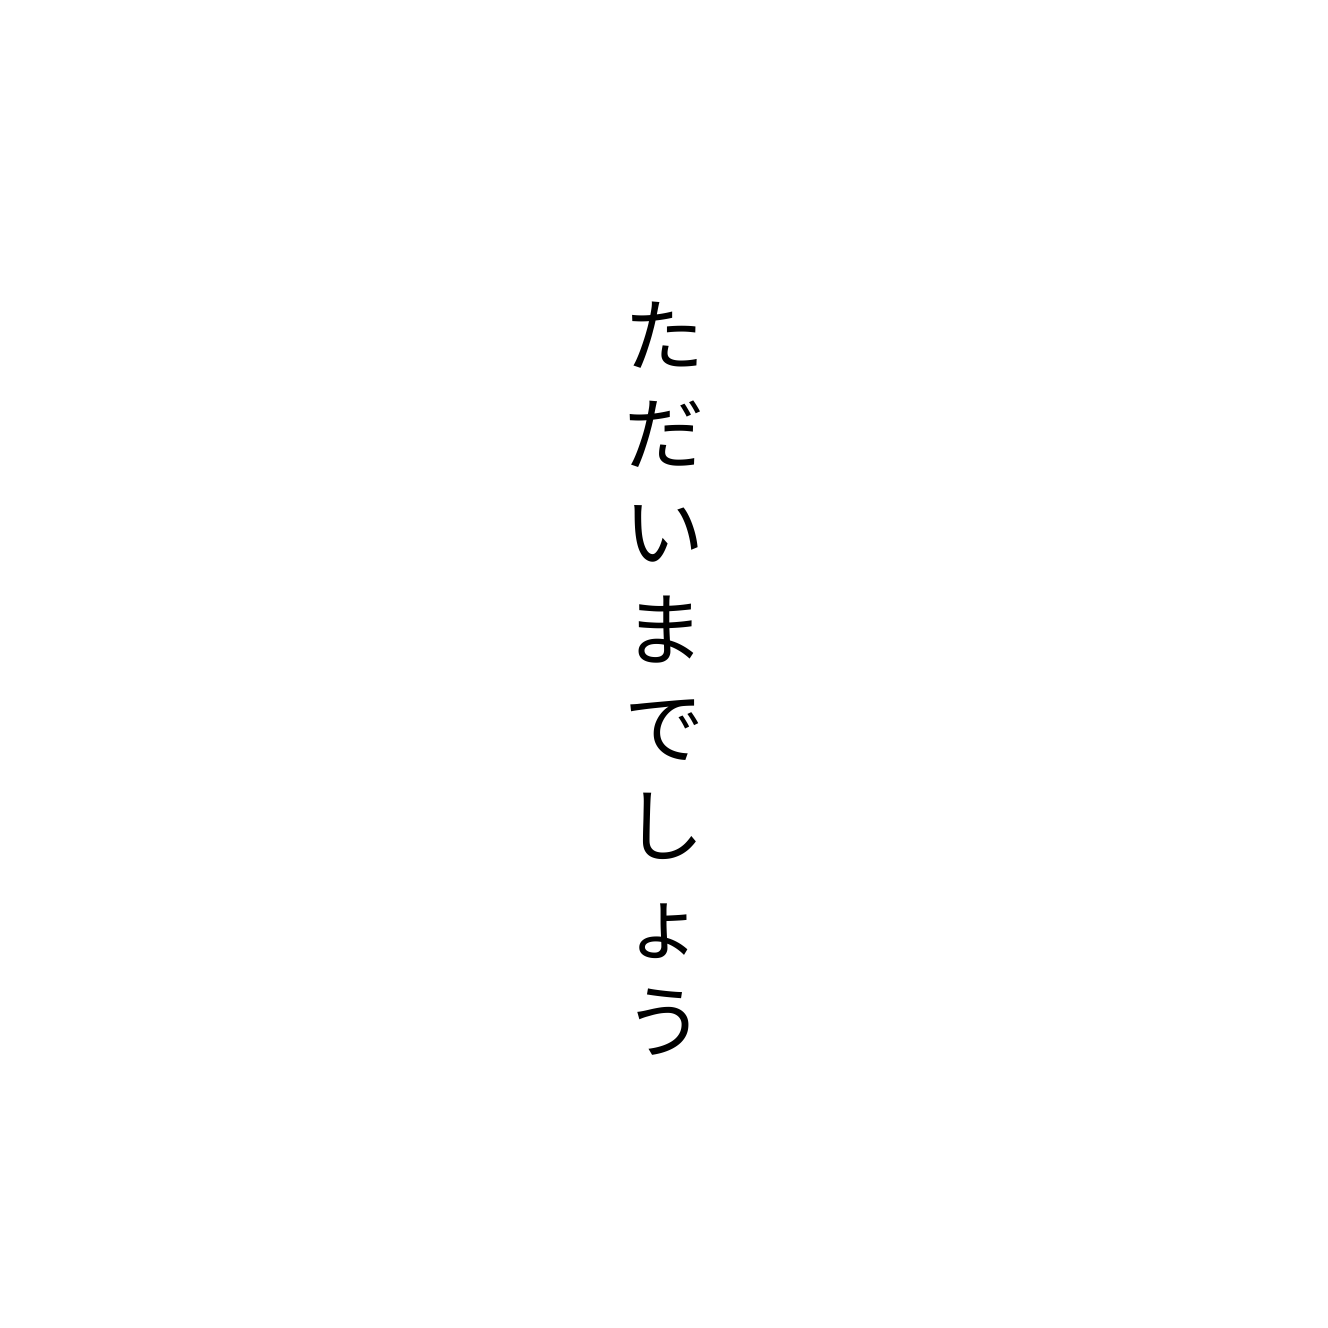
ただいまでしょう